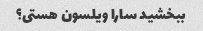
ببخشید سارا ویلسون هستی؟